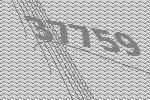
37759